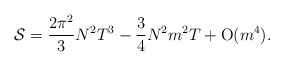
\begin{align*}{\cal S}=\frac{2\pi^2}{3} N^2T^3-\frac{3}{4}N^2m^2T+{\rm O}(m^4).\end{align*}